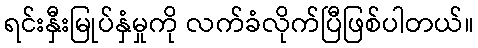
ရင်းနှီးမြုပ်နှံမှုကို လက်ခံလိုက်ပြီဖြစ်ပါတယ်။